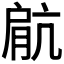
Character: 𫆥